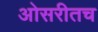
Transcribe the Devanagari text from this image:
ओसरीतच